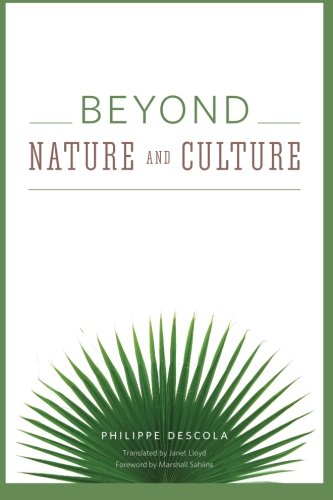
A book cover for Beyond Nature and Culture; Philippe Descola; Politics & Social Sciences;